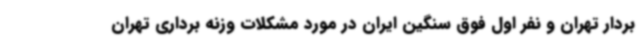
بردار تهران و نفر اول فوق سنگین ایران در مورد مشکلات وزنه برداری تهران